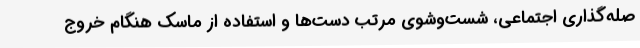
صله‌گذاری اجتماعی، شست‌وشوی مرتب دست‌ها و استفاده از ماسک هنگام خروج